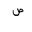
Letter: _sad